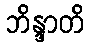
ဘိန္ဒာတိ